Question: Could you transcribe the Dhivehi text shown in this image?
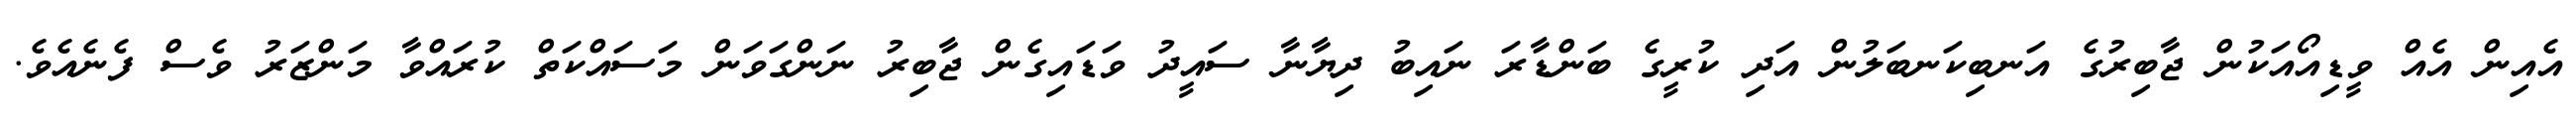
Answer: އެއިން އެއް ވީޑިއޯއަކުން ޖާބިރުގެ އަނބިކަނބަލުން އަދި ކުރީގެ ބަންޑާރަ ނައިބު ދިޔާނާ ސައީދު ވަޑައިގެން ޖާބިރު ނަންގަވަން މަސައްކަތް ކުރައްވާ މަންޒަރު ވެސް ފެނެއެވެ.